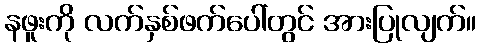
နဖူးကို လက်နှစ်ဖက်ပေါ်တွင် အားပြုလျက်။